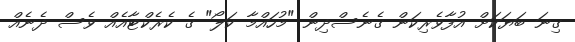
ގިނަ ބަޔަކަށް އުފާވެރިކަން ގެނެސްދިން "މުހައްމާ ކަލޯ" ގެ ކެރެކްޓާއެއް ވެސް ދެނެއް